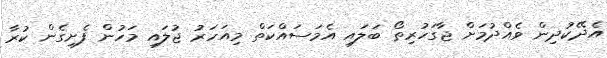
އެދޭކުދިން ވެއްދުމަށް ޖާގަހުރިތޯ ބަލައި އެމަސައްކަތް މިއަހަރު ޖުލައި މަހުން ފެށިގެން ކުރާ